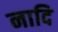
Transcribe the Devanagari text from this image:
नादि